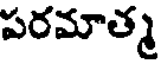
పరమాత్మ